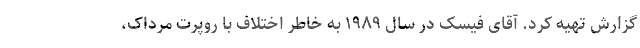
گزارش تهیه کرد. آقای فیسک در سال ۱۹۸۹ به خاطر اختلاف با روپرت مرداک،